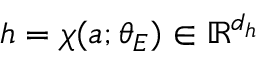
h = \chi ( a ; \theta _ { E } ) \in \mathbb { R } ^ { d _ { h } }